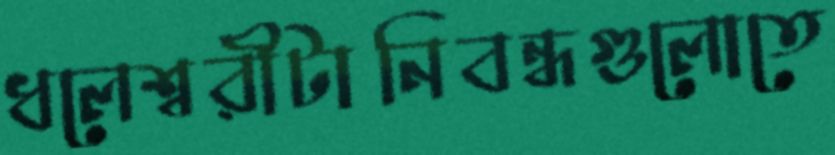
ধলেশ্বরীটানিবন্ধগুলোতে